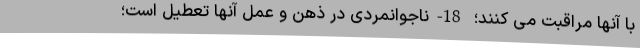
با آنها مراقبت می ­کنند؛ 18-ناجوانمردی در ذهن و عمل آنها تعطیل است؛